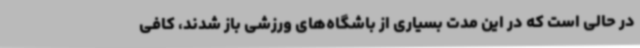
در حالی است که در این مدت بسیاری از باشگاه‌های ورزشی باز شدند، کافی